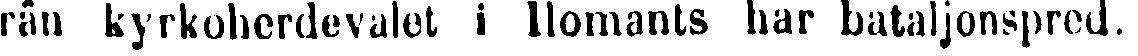
från kyrkoherdevalet i Ilomants har bataljonspred.